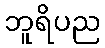
ဘူရိပည